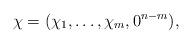
LaTeX: \begin{align*} \chi = (\chi_1,\dots,\chi_m,0^{n-m}),\end{align*}